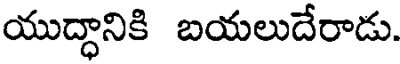
యుద్ధానికి బయలుదేరాడు.